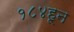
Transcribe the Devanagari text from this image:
१८४हून